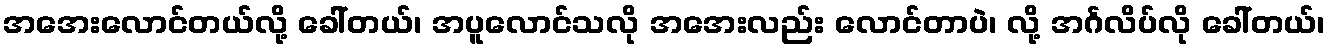
အအေးလောင်တယ်လို့ ခေါ်တယ်၊ အပူလောင်သလို အအေးလည်း လောင်တာပဲ၊ လို့ အင်္ဂလိပ်လို ခေါ်တယ်၊